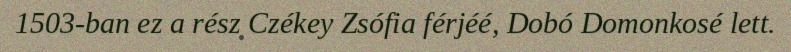
1503-ban ez a rész Czékey Zsófia férjéé, Dobó Domonkosé lett.